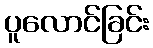
ပူလောင်ခြင်း